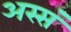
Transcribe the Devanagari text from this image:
अस्सं